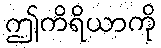
ဤကိရိယာကို